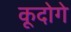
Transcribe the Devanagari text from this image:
कूदोगे